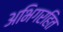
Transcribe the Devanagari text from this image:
अभिगरहित